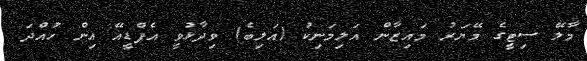
މާލޭ ސިޓީގެ މޭޔަރު މައިޒާން އަލިމަނިކު (އަލިބެ) ވިދާޅުވީ އެފްޑީއޭ އިން ހުއްދަ